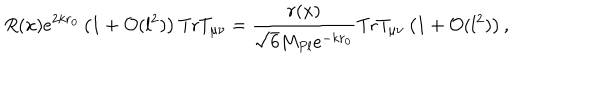
R ( x ) e ^ { 2 k r _ { 0 } } \left( 1 + { \cal O } ( l ^ { 2 } ) \right) \mathrm { T r } T _ { \mu \nu } = \frac { r ( x ) } { \sqrt { 6 } M _ { P l } e ^ { - k r _ { 0 } } } \mathrm { T r } T _ { \mu \nu } \left( 1 + { \cal O } ( l ^ { 2 } ) \right) ,